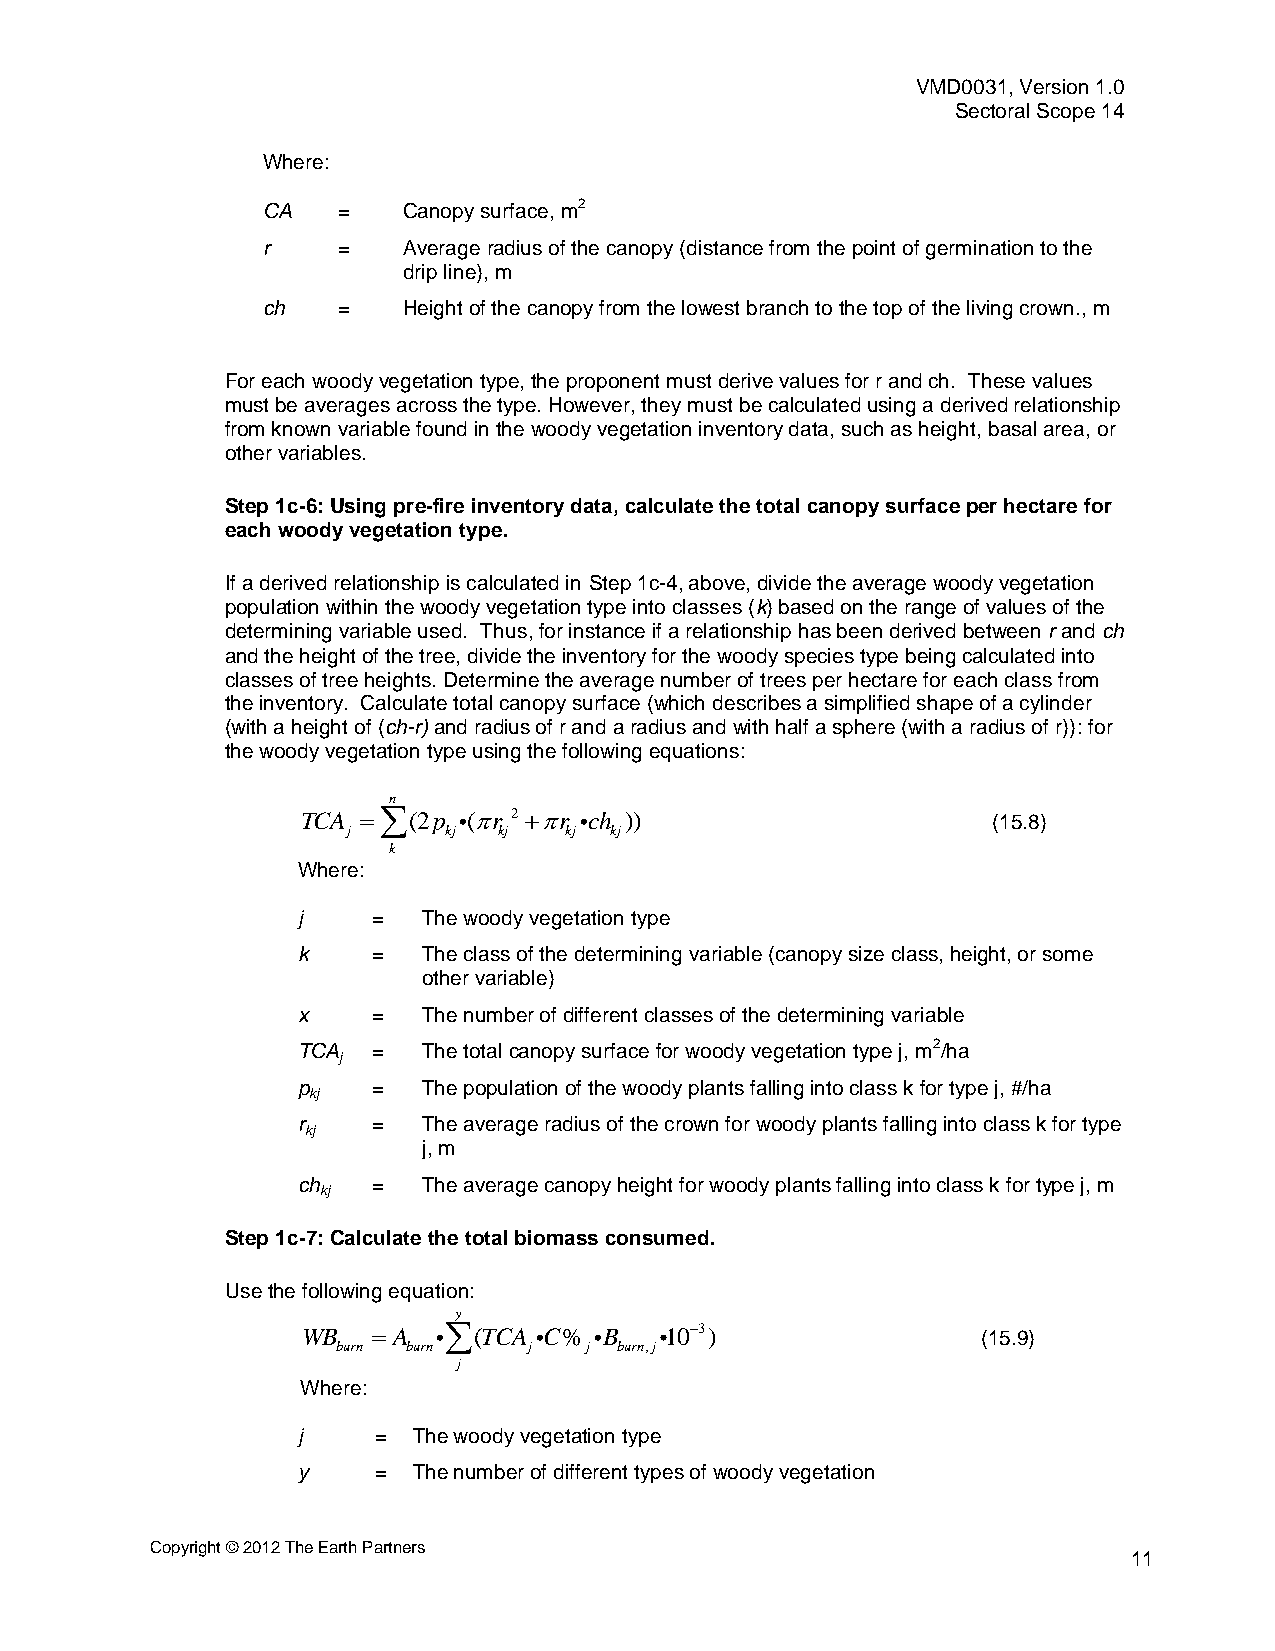
VMD0031, Version 1.0
 Sectoral Scope 14
 Where:
 CA   =    Canopy surface, m2
 r    =    Average radius of the canopy (distance from the point of germination to the
 drip line), m
 ch   =    Height of the canopy from the lowest branch to the top of the living crown., m
 For each woody vegetation type, the proponent must derive values for r and ch. These values
 must be averages across the type. However, they must be calculated using a derived relationship
 from known variable found in the woody vegetation inventory data, such as height, basal area, or
 other variables.
 Step 1c-6: Using pre-fire inventory data, calculate the total canopy surface per hectare for
 each woody vegetation type.
 If a derived relationship is calculated in Step 1c-4, above, divide the average woody vegetation
 population within the woody vegetation type into classes (k) based on the range of values of the
 determining variable used. Thus, for instance if a relationship has been derived between r and ch
 and the height of the tree, divide the inventory for the woody species type being calculated into
 classes of tree heights. Determine the average number of trees per hectare for each class from
 the inventory. Calculate total canopy surface (which describes a simplified shape of a cylinder
 (with a height of (ch-r) and radius of r and a radius and with half a sphere (with a radius of r)): for
 the woody vegetation type using the following equations:
 n
 TCA (2p  (r 2 r ch ))                    (15.8)
 j      kj kj  kj kj
 k
 Where:
 j    =  The woody vegetation type
 k    =  The class of the determining variable (canopy size class, height, or some
 other variable)
 x    =  The number of different classes of the determining variable
 TCA  =  The total canopy surface for woody vegetation type j, m2/ha
 j
 p    =  The population of the woody plants falling into class k for type j, #/ha
 kj
 r    =  The average radius of the crown for woody plants falling into class k for type
 kj
 j, m
 ch   =  The average canopy height for woody plants falling into class k for type j, m
 kj
 Step 1c-7: Calculate the total biomass consumed.
 Use the following equation:
 y
 WB    A (TCA  C%  B   103)                (15.9)
 burn burn    j   j burn,j
 j
 Where:
 j    = The woody vegetation type
 y    = The number of different types of woody vegetation
 Copyright © 2012 The Earth Partners
 11